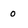
Character: 0